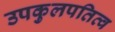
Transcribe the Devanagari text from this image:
उपकुलपतित्व